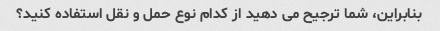
بنابراین، شما ترجیح می دهید از کدام نوع حمل و نقل استفاده کنید؟